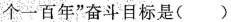
个一百年”奋斗目标是( )